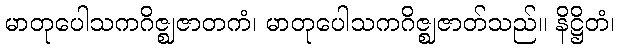
မာတုပေါသကဂိဇ္ဈဇာတကံ၊ မာတုပေါသကဂိဇ္ဈဇာတ်သည်။ နိဋ္ဌိတံ၊